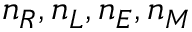
n _ { R } , n _ { L } , n _ { E } , n _ { M }